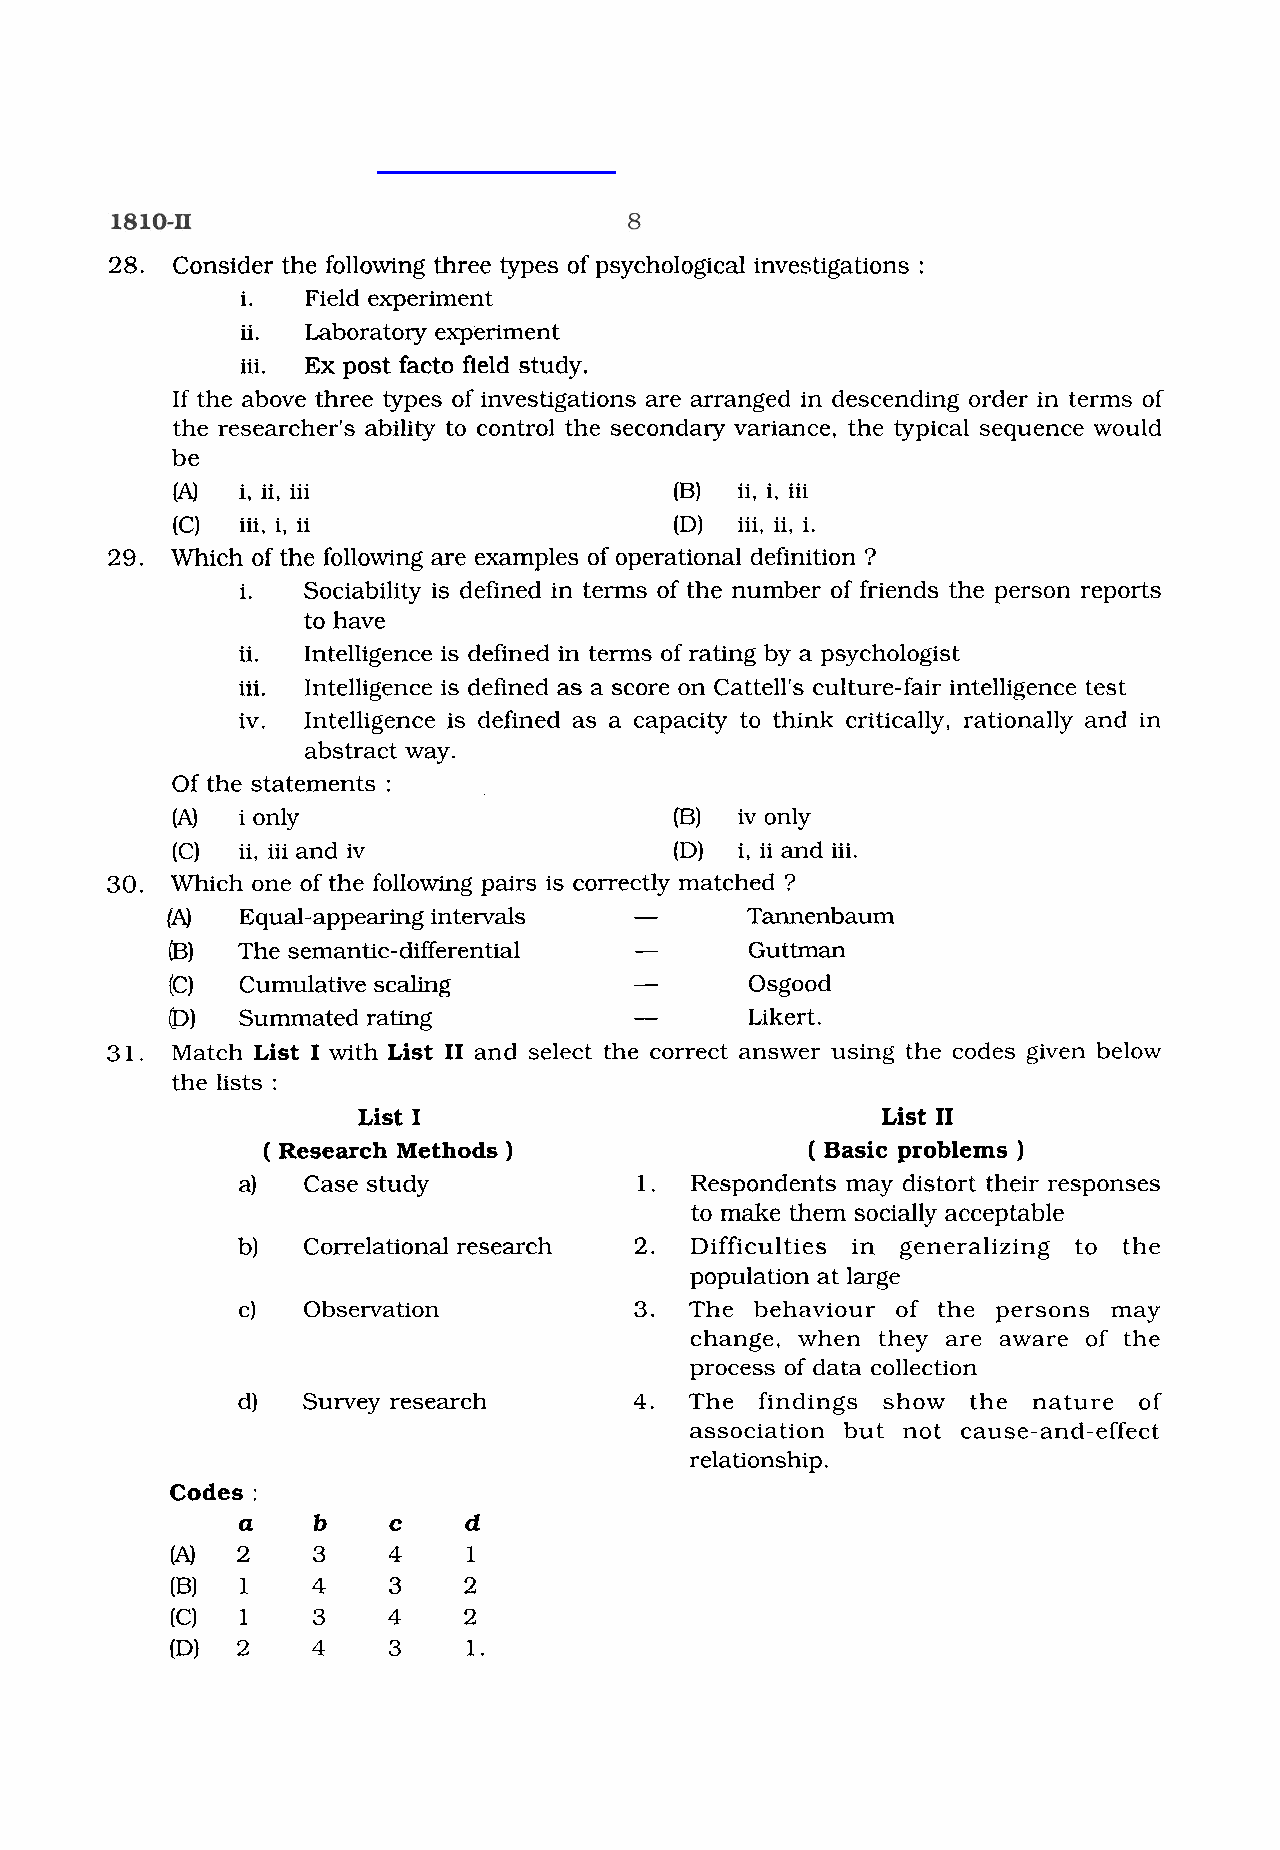
28. Consider the following three types of psychological investigations :
 i.  Field experiment
 ii. Laboratory experiment
 iii. Ex post facto field study.
 If the above three types of investigations are arranged in descending order in terms of
 the researcher's ability to control the secondary variance, the typical sequence would
 be
 (A)  i, ii, iii                   (B) ii, i, iii
 (C)  iii, i, ii                   (D) iii, ii,i.
 29. Which of the following are examples of operational definition ?
 i.  Sociability is defined in terms of the number of friends the person reports
 to have
 ii. Intelligence is defined in terms of rating by a psychologist
 iii. Intelligence is defined as a score on Cattell's culture-fair intelligence test
 iv. Intelligence is defined as a capacity to think critically, rationally and in
 abstract way.
 Of the statements :
 (A)  i only                       (B) iv only
 (C)  ii, iii and iv               (D) i, ii and iii.
 30. Which one of the following pairs is correctly matched ?
 (A)  Equal-appearing intervals -      Tannenbaum
 (B)  The semantic-differentia1 -       Guttman
 (C)  Cumulative scaling        -       Osgood
 0)   Summated rating           -       Likert .
 31. Match List I with List I1 and select the correct answer using the codes given below
 the lists :
 List I                            List I1
 ( Research Methods )                ( Basic problems )
 a)  Case study            1.  Respondents may distort their responses
 to make them socially acceptable
 b)  Correlational research 2. Difficulties in generalizing to the
 population at large
 c)  Observation           3.  The behaviour of the persons may
 change, when they are aware of the
 process of data collection
 d)  Survey research       4.  The findings show the nature of
 association but not cause-and-effect
 relationship.
 Codes :
 a    b    c    d
 (A)  2    3    4    1
 (B)  1    4    3    2
 (C)  1    3    4    2
 (Dl  2    4    3    1.
 w
 w
 w
 .
 S
 t
 u
 d
 y
 G
 u
 i
 d
 e
 I
 n
 d
 i
 a
 .
 c
 o
 m